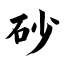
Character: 砂